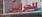
للحراس